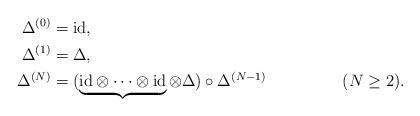
LaTeX: \begin{align*}\Delta^{(0)} &= \mathrm{id}, \\\Delta^{(1)} &= \Delta, \\\Delta^{(N)} &= (\underbrace{\mathrm{id} \otimes \cdots \otimes \mathrm{id}}_{} \otimes \Delta) \circ \Delta^{(N-1)}&& (N \ge 2).\end{align*}